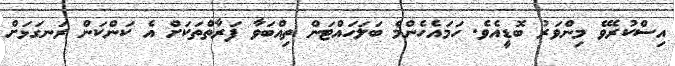
އިސްކުރެވޭ މިންވަރު ބޮޑީއެވެ. ހަމައެހެންމެ ބަލަހައްޓަން ތިއްބަވާ ފަރާތްތަކަށް އެ ކަންކަން ރަނގަޅަށް